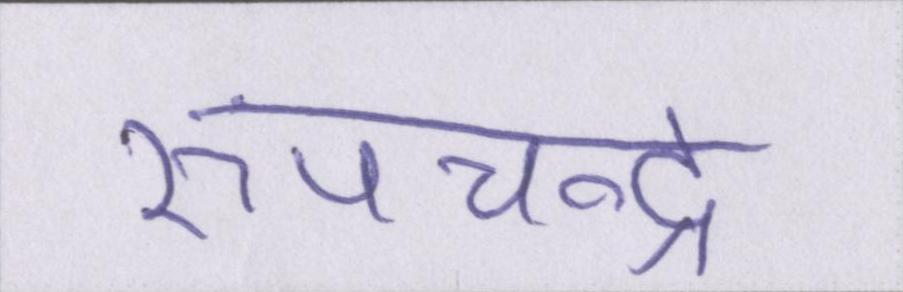
रूपचन्द्र